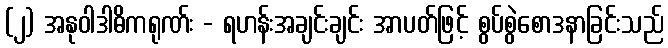
(၂) အနုဝါဒါဓိကရုဏ်း - ရဟန်းအချင်းချင်း အာပတ်ဖြင့် စွပ်စွဲစောဒနာခြင်းသည်